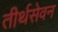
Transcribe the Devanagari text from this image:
तीर्थसेवन